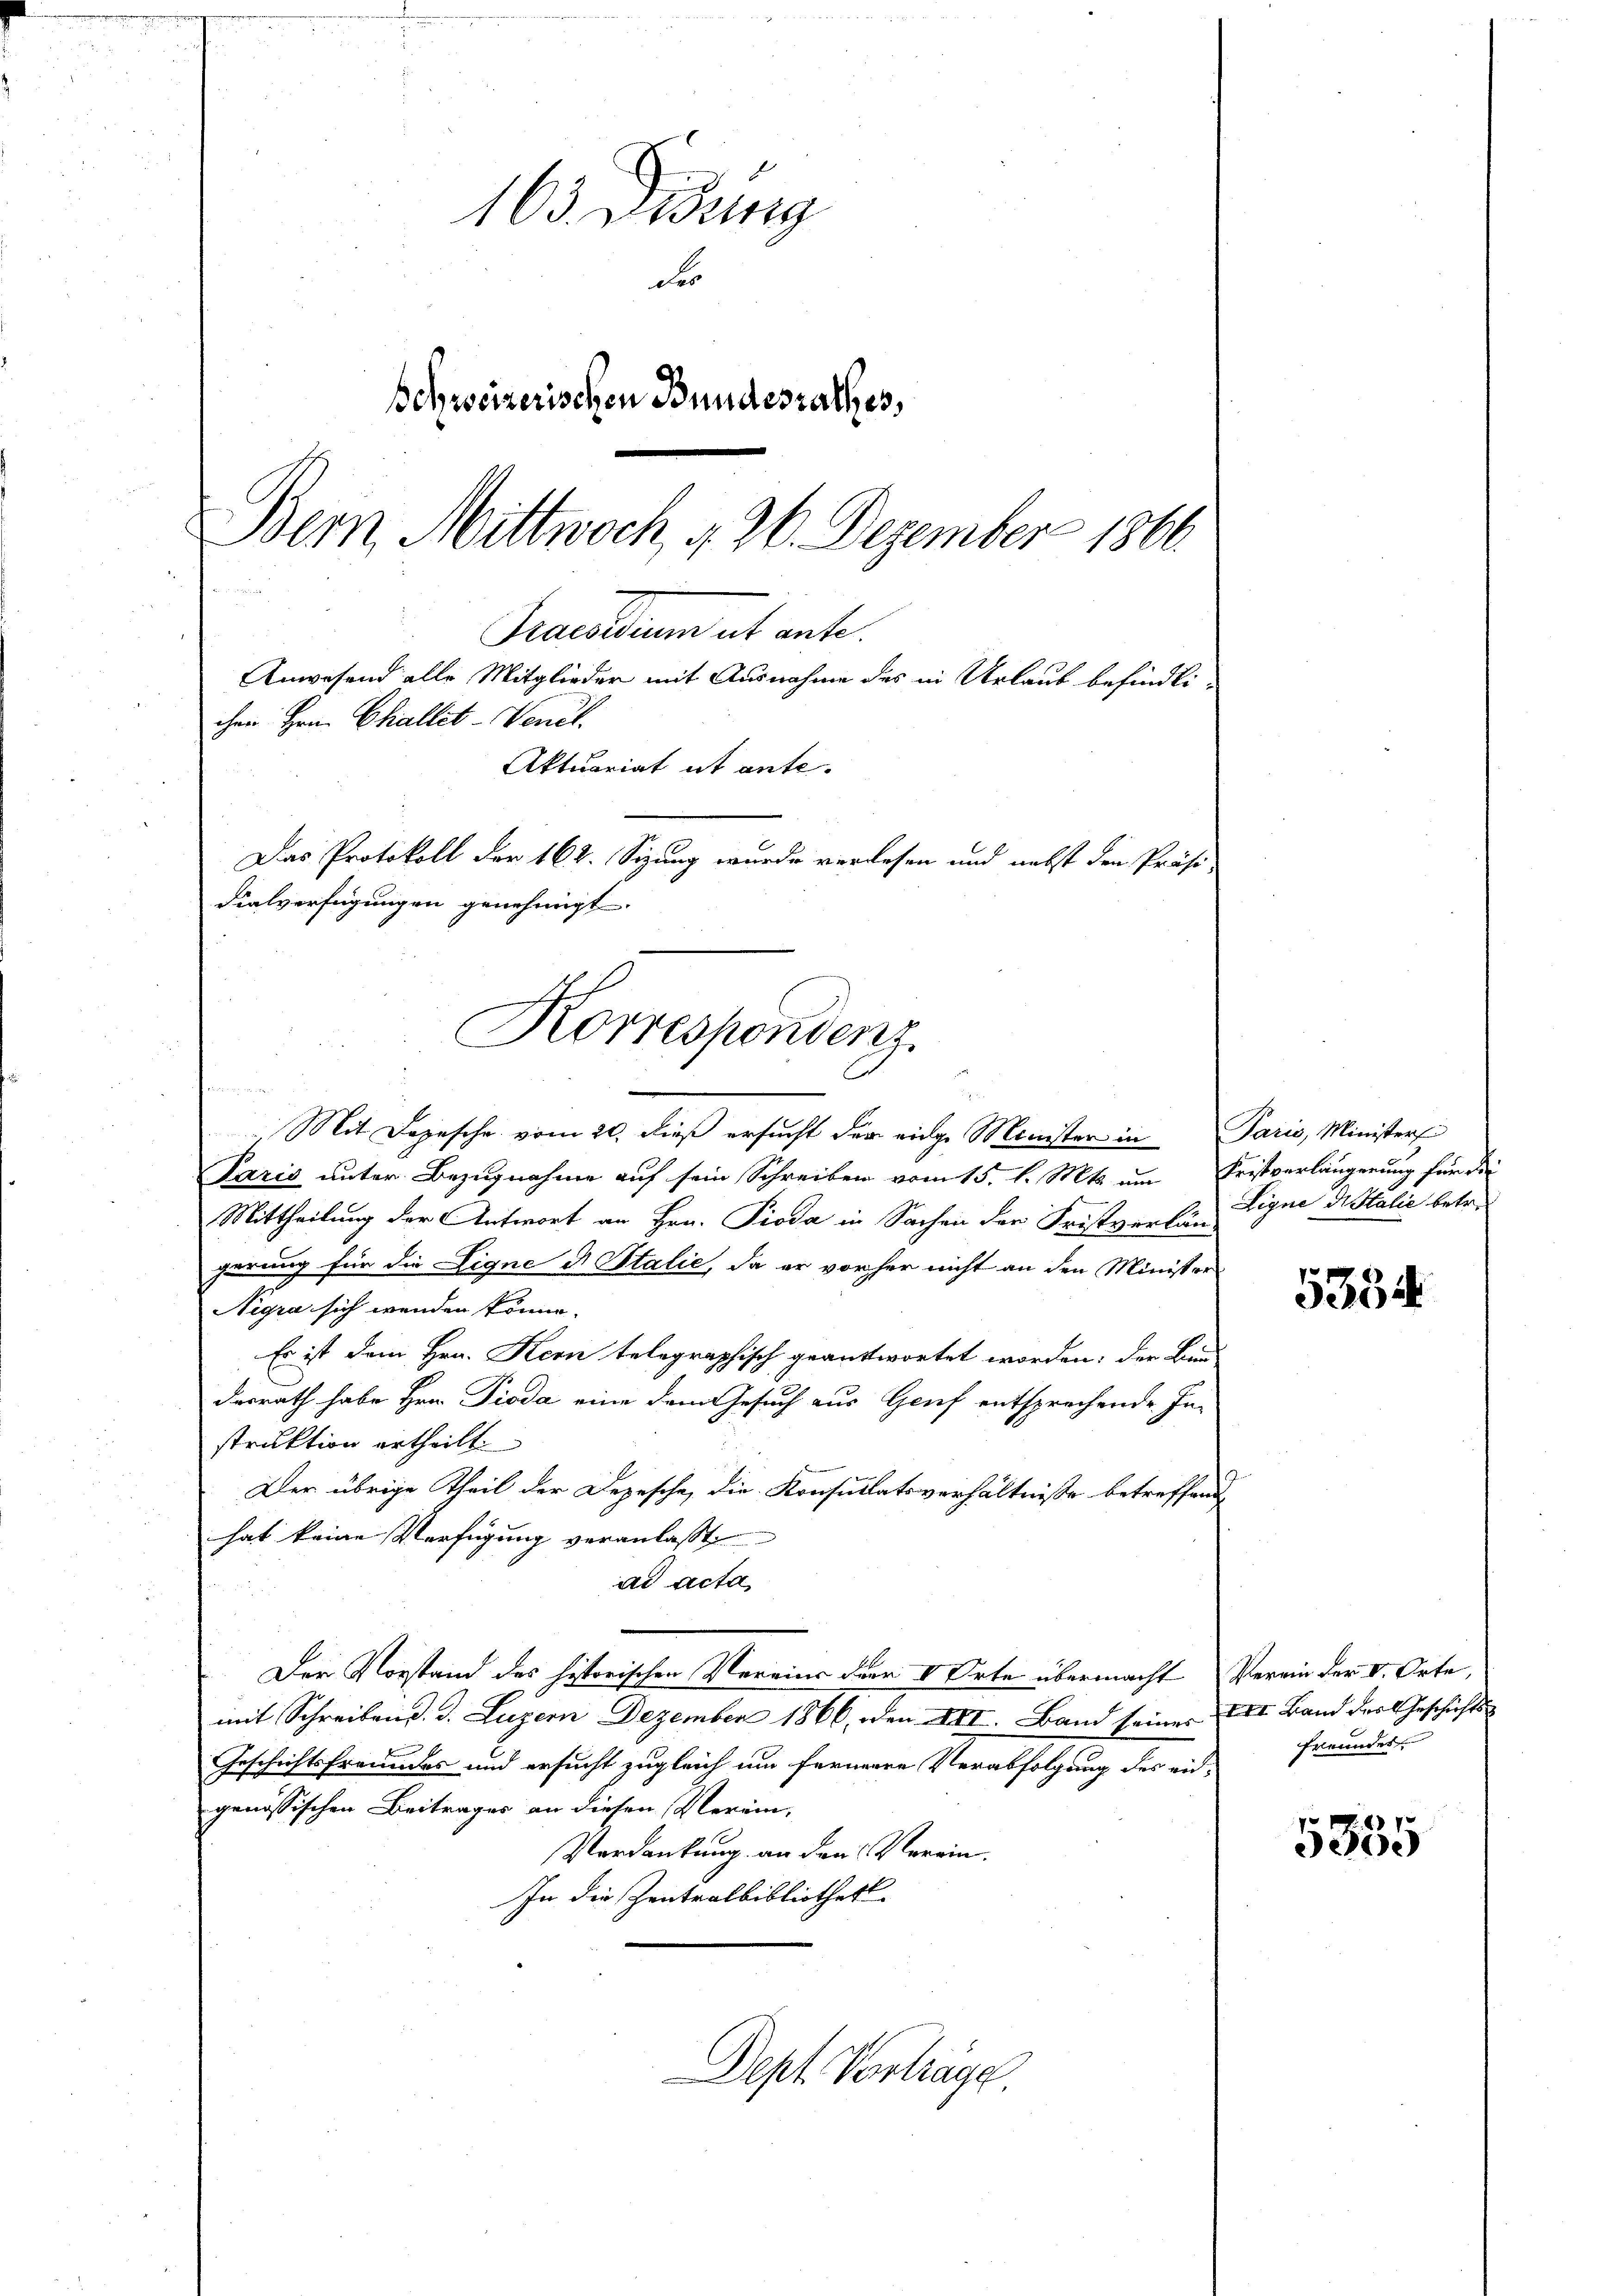
Korrespondenz.

163. Diedung
F
Behweizerischen Bundesrathes,
Bein Mittwoch, d. 26. Dezember 1861.

Praesiduum et ante.
Anwesend alle Mitglieder mit Ausnahme des in Urlaub befindli-
cher Hrn. Challet-Venet.
Aktuariat ut ante.
Das Protokoll der 162. Sitzung wurde verlesen und nebst den Präsi-
dialverfügungen genehmigt.

Mit Depesche vom 20. dieß ersucht der einge Minister in Paris, Minister
Paris unter Bezugnahme auf sein Schreiben vom 15. l. Mts. um Fristverlängerung für die
Mittheilung der Antwort an Hrn. Pioda in Sachen der Fristverlängerung für die Ligne di Stalie, da er vorher nicht an den Minister
Negra sich wenden könne.
Es ist dem Hrn. Kern telegraphisch geantwortet worden; der Bun
desrath habe Hrn. Pioda eine dem esuch aus Genf entsprechende In-
struktion ertheilt.
Der übrige Theil der Depesche, die Konsultatsverhältnisse betreffende
hat keine Verfügung veranlasst
ad acta
Der Vorstand des historischen Vereins der V. Orte übermacht Verein der V. Orte,
mit Schreibend. d. Luzern Dezember 1866, den XII. Band seines XII. Band der Geschichts-
Geschichtsfreundes und ersucht zugleich um fernere Verabfolgung des eidgenössischen Beitrages an diesen Verein,
Verdankung an den Verein.
In die Zentralbibliothek.

Dept. Vorträge

Ligne Notalie betr.

5334

freundes

5855